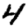
Digit: 4